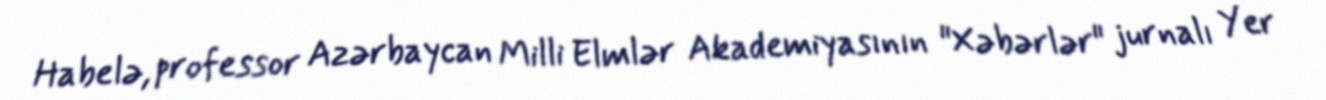
Habelə, professor Azərbaycan Milli Elmlər Akademiyasının "Xəbərlər" jurnalı Yer